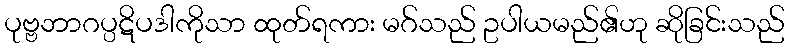
ပုဗ္ဗဘာဂပ္ပဋိပဒါကိုသာ ထုတ်ရကား မဂ်သည် ဥပါယမည်၏ဟု ဆိုခြင်းသည်